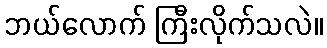
ဘယ်လောက် ကြီးလိုက်သလဲ။